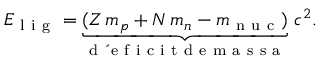
E _ { \mathrm { ~ l ~ i ~ g ~ } } = \underbrace { ( Z \, m _ { p } + N \, m _ { n } - m _ { \mathrm { ~ n ~ u ~ c ~ } } ) } _ { \mathrm { ~ d ~ \' ~ e ~ f ~ i ~ c ~ i ~ t ~ d ~ e ~ m ~ a ~ s ~ s ~ a ~ } } \, c ^ { 2 } .